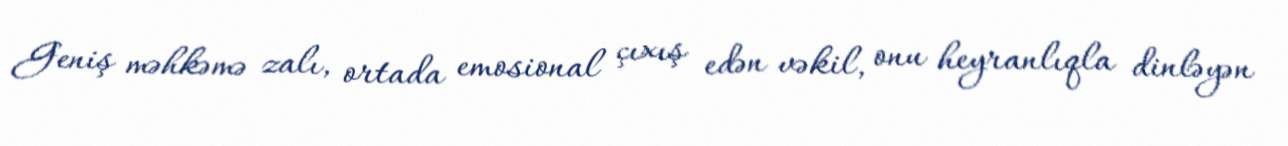
Geniş məhkəmə zalı, ortada emosional çıxış edən vəkil, onu heyranlıqla dinləyən